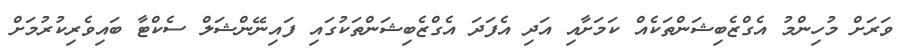
ވަރަށް މުހިންމު އެގްޒެބިޝަންތަކެއް ކަމަށާއި އަދި އެފަދަ އެގްޒެބިޝަންތަކުގައި ފައިނޭންޝަލް ސެކްޓާ ބައިވެރިކުރުމަށް